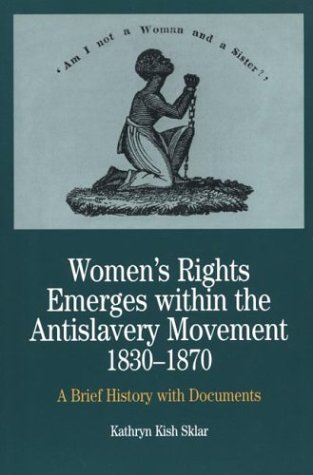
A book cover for Women's Rights Emerges within the Anti-Slavery Movement, 1830-1870: A Brief History with Documents (The Bedford Series in History and Culture); Kathryn Kish Sklar; Gay & Lesbian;